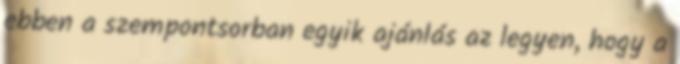
ebben a szempontsorban egyik ajánlás az legyen, hogy a